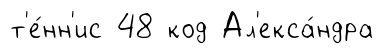
т'е́нн'ис 48 код Ал'екса́ндра